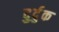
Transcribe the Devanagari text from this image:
दुर्दुक